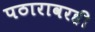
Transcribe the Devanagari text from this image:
पठारावरही